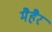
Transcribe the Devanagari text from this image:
मैहैर